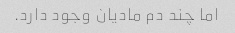
اما چند دم مادیان وجود دارد.